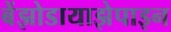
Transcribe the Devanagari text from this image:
बेंझोडायाझेपाइन